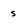
Character: s